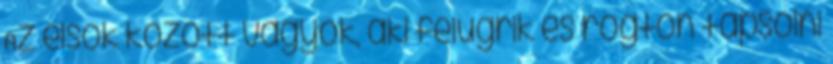
Az elsők között vagyok, aki felugrik és rögtön tapsolni